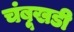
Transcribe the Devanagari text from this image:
चंबूखडी